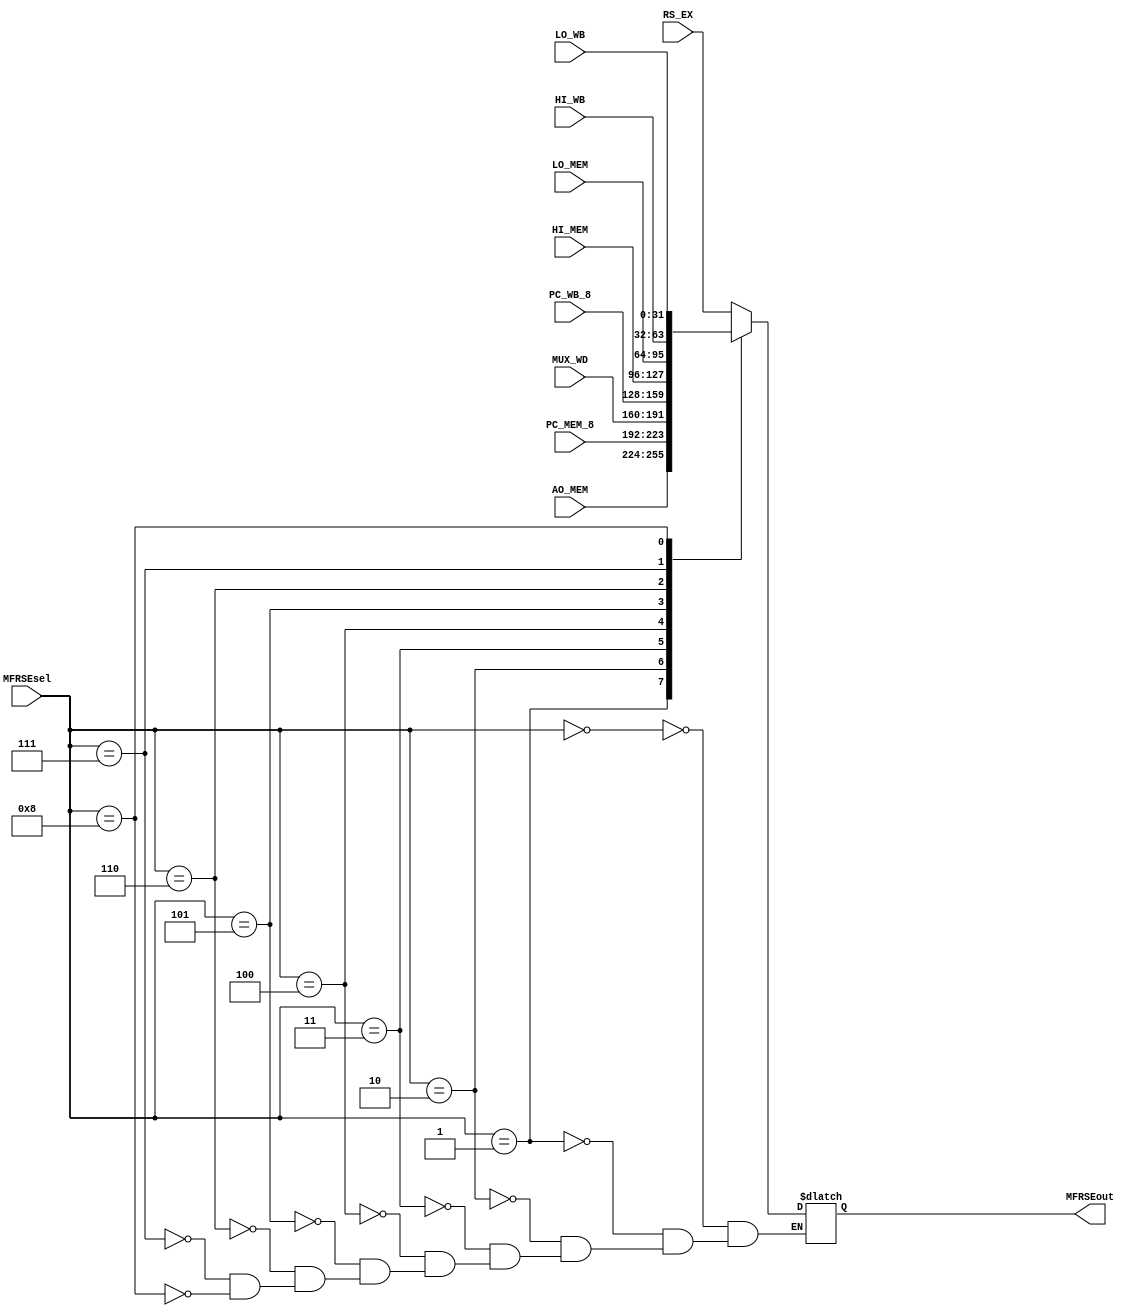
`timescale 1ns / 1ps
//////////////////////////////////////////////////////////////////////////////////
// Company: 
// Engineer: 
// 
// Design Name: 
// Module Name:    MFRSE 
// Project Name: 
// Target Devices: 
// Tool versions: 
// Description: 
//
// Dependencies: 
//
// Revision: 
// Revision 0.01 - File Created
// Additional Comments: 
//
//////////////////////////////////////////////////////////////////////////////////
module MFRSE(
    input [31:0] RS_EX,
    input [31:0] AO_MEM,
    input [31:0] PC_MEM_8,
    input [31:0] MUX_WD,
    input [31:0] PC_WB_8,
	 input [31:0] HI_MEM,
	 input [31:0] LO_MEM,
	 input [31:0] HI_WB,
	 input [31:0] LO_WB,
    input [3:0] MFRSEsel,
    output reg [31:0] MFRSEout
    );
	always @(*)begin
		case (MFRSEsel)
			4'b0000: MFRSEout<=RS_EX;
			4'b0001: MFRSEout<=AO_MEM;
			4'b0010: MFRSEout<=PC_MEM_8;
			4'b0011: MFRSEout<=MUX_WD;
			4'b0100: MFRSEout<=PC_WB_8;
			4'b0101: MFRSEout<=HI_MEM;
			4'b0110: MFRSEout<=LO_MEM;
			4'b0111: MFRSEout<=HI_WB;
			4'b1000: MFRSEout<=LO_WB;
		endcase
	end

endmodule